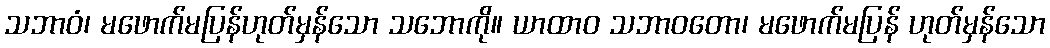
သဘာဝံ၊ မဖောက်မပြန်ဟုတ်မှန်သော သဘောကို။ ယာထာဝ သဘာဝတော၊ မဖောက်မပြန် ဟုတ်မှန်သော